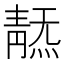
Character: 𩇞